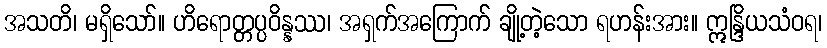
အသတိ၊ မရှိသော်။ ဟိရောတ္တပ္ပဝိန္နဿ၊ အရှက်အကြောက် ချို့တဲ့သော ရဟန်းအား။ ဣန္ဒြိယသံဝရ၊